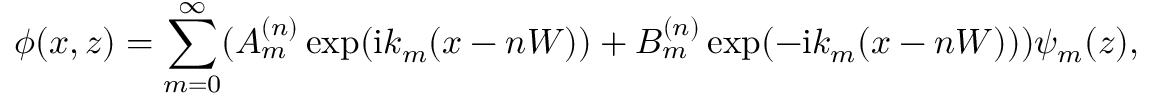
\phi ( x , z ) = \sum _ { m = 0 } ^ { \infty } ( A _ { m } ^ { ( n ) } \exp ( \mathrm { i } k _ { m } ( x - n W ) ) + B _ { m } ^ { ( n ) } \exp ( - \mathrm { i } k _ { m } ( x - n W ) ) ) \psi _ { m } ( z ) ,